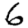
Digit: 6